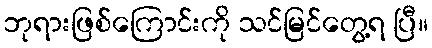
ဘုရားဖြစ်ကြောင်းကို သင်မြင်တွေ့ရ ပြီ။